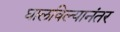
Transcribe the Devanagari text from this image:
घालविल्यानंतर